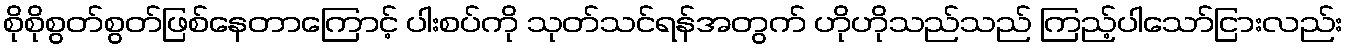
စိုစိုစွတ်စွတ်ဖြစ်နေတာကြောင့် ပါးစပ်ကို သုတ်သင်ရန်အတွက် ဟိုဟိုသည်သည် ကြည့်ပါသော်ငြားလည်း